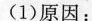
(1)原因：